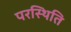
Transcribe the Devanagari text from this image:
परस्थिति